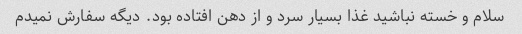
سلام و خسته نباشید غذا بسیار سرد و از دهن افتاده بود. دیگه سفارش نمیدم